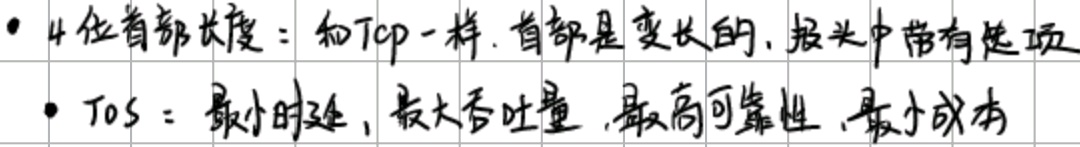
- 4位首部长度：和Tcp一样. 首部是变长的, 报头中带有选项
- TOS：最小时延, 最大吞吐量, 最高可靠性, 最小成本